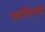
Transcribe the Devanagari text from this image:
एहरेशिएसी